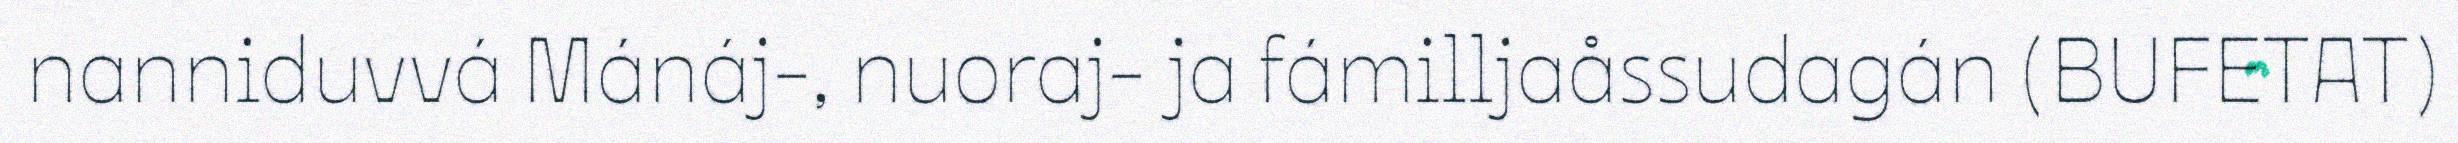
nanniduvvá Mánáj-, nuoraj- ja fámilljaåssudagán (BUFETAT)